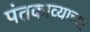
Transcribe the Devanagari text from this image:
पंतकाव्याच्या